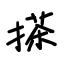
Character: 搽